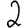
Digit: 2